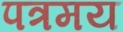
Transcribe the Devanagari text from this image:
पत्रमय